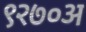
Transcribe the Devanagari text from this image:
९२७०अ